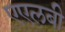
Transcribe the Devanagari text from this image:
एएलबी